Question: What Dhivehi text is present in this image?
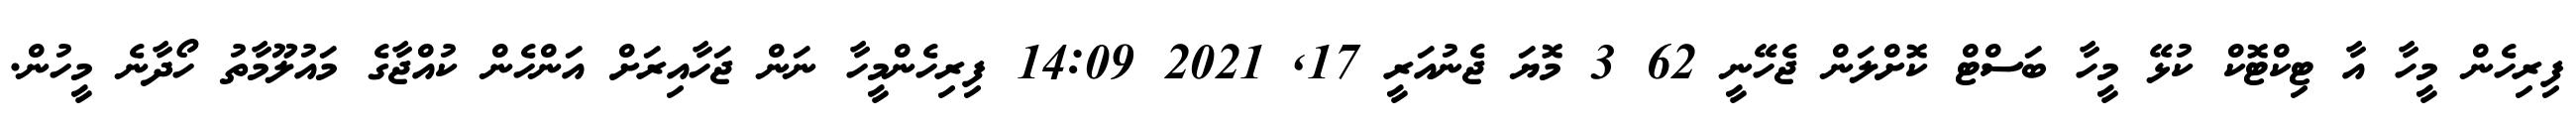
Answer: ފިރިހެން މީހާ އާ ޓިކްޓޮކް ކުޅޭ މީހާ ބަސްޓް ކޮށްލަން ޖެހޭނީ 62 3 މޮޔަ ޖެނުއަރީ 17, 2021 14:09 ފިރިހެންމީހާ ނަން ޖަހާއިރަށް އަންހެން ކުއްޖާގެ މައުލޫމާތު ހޯދާނެ މީހުން.